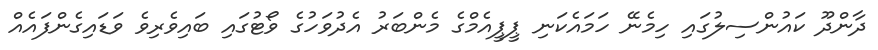
ދާންދޫ ކައުންސިލުގައި ހިމެނޭ ހަމައެކަނި ޕީޕީއެމްގެ މެންބަރު އެދުވަހުގެ ވޯޓުގައި ބައިވެރިވެ ވަޑައިގެންފައެއް